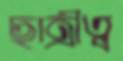
ছাত্রীত্ব